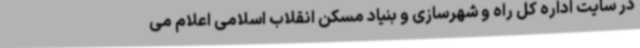
در سایت اداره کل راه و شهرسازی و بنیاد مسکن انقلاب اسلامی اعلام می